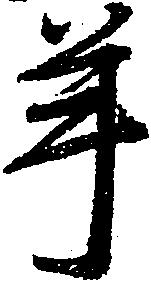
年